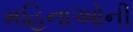
મહિનાઓની